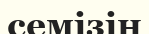
семізін